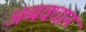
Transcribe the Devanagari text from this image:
अव्यवधान